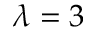
\lambda = 3